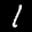
Label: 1